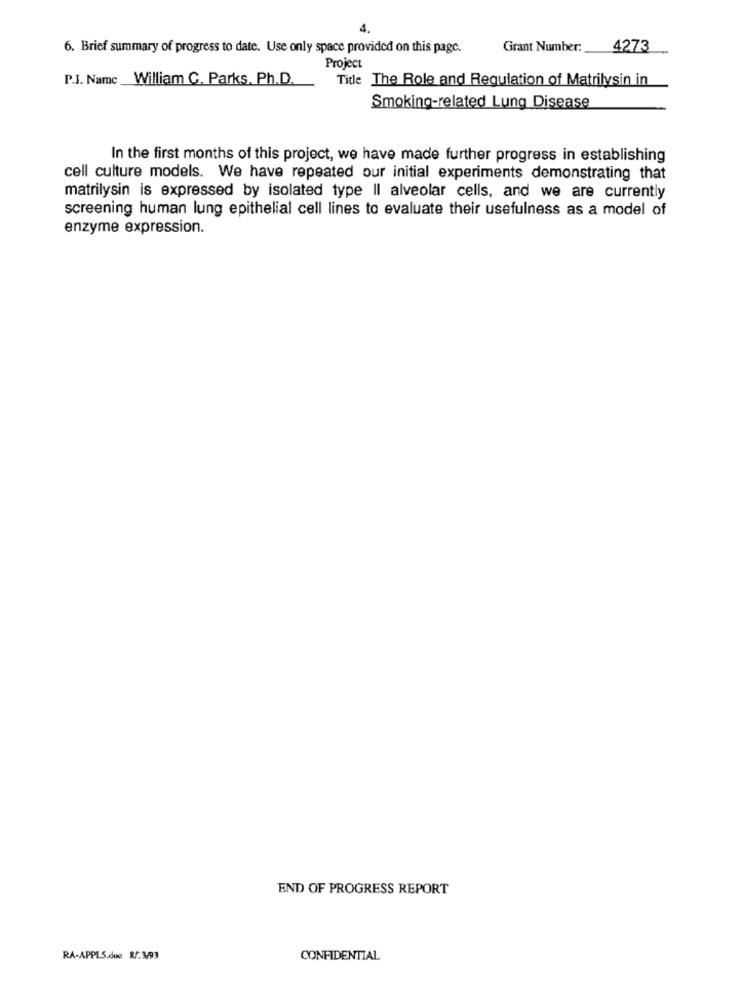
6. Brief summary of progress to date. Use only space provided on this page.
Grant Number:
4273
Project
P.I. Name
William C. Parks, Ph.D.
Title The Role and Regulation of Matrilysin in
Smoking-related Lung Disease
In the first months of this project, we have made further progress in establishing
cell culture models. We have repeated our initial experiments demonstrating that
matrilysin is expressed by isolated type Il alveolar cells, and we are currently
screening human lung epithelial cell lines to evaluate their usefulness as a model of
enzyme expression.
END OF PROGRESS REPORT
RA-APPLS.due 8/:3/93
CONFIDENTIAL